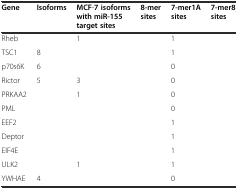
<table><thead><tr><td><b>Gene</b></td><td><b>Isoforms</b></td><td><b>MCF-7 isoforms with miR-155 target sites</b></td><td><b>8-mer sites</b></td><td><b>7-mer1A sites</b></td><td><b>7-mer8 sites</b></td></tr></thead><tbody><tr><td>Rheb</td><td>[EMPTY_CELL]</td><td>1</td><td>[EMPTY_CELL]</td><td>1</td><td>[EMPTY_CELL]</td></tr><tr><td>TSC1</td><td>8</td><td>[EMPTY_CELL]</td><td>[EMPTY_CELL]</td><td>1</td><td>[EMPTY_CELL]</td></tr><tr><td>p70s6K</td><td>6</td><td>[EMPTY_CELL]</td><td>[EMPTY_CELL]</td><td>0</td><td>[EMPTY_CELL]</td></tr><tr><td>Rictor</td><td>5</td><td>3</td><td>[EMPTY_CELL]</td><td>0</td><td>[EMPTY_CELL]</td></tr><tr><td>PRKAA2</td><td>[EMPTY_CELL]</td><td>1</td><td>[EMPTY_CELL]</td><td>0</td><td>[EMPTY_CELL]</td></tr><tr><td>PML</td><td>[EMPTY_CELL]</td><td>[EMPTY_CELL]</td><td>[EMPTY_CELL]</td><td>0</td><td>[EMPTY_CELL]</td></tr><tr><td>EEF2</td><td>[EMPTY_CELL]</td><td>[EMPTY_CELL]</td><td>[EMPTY_CELL]</td><td>1</td><td>[EMPTY_CELL]</td></tr><tr><td>Deptor</td><td>[EMPTY_CELL]</td><td>[EMPTY_CELL]</td><td>[EMPTY_CELL]</td><td>1</td><td>[EMPTY_CELL]</td></tr><tr><td>EIF4E</td><td>[EMPTY_CELL]</td><td>[EMPTY_CELL]</td><td>[EMPTY_CELL]</td><td>1</td><td>[EMPTY_CELL]</td></tr><tr><td>ULK2</td><td>[EMPTY_CELL]</td><td>1</td><td>[EMPTY_CELL]</td><td>1</td><td>[EMPTY_CELL]</td></tr><tr><td>YWHAE</td><td>4</td><td>[EMPTY_CELL]</td><td>[EMPTY_CELL]</td><td>0</td><td>[EMPTY_CELL]</td></tr></tbody></table>